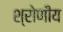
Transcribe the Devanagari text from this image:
श्रोणीय